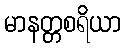
မာနတ္တစရိယာ